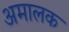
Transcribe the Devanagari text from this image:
अमालक